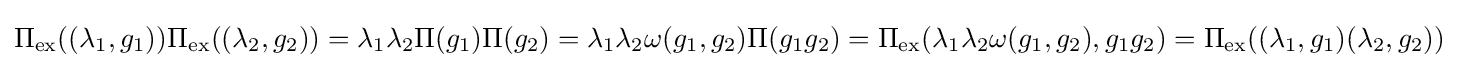
\Pi _{\mathrm {ex} }((\lambda _{1},g_{1}))\Pi _{\mathrm {ex} }((\lambda _{2},g_{2}))=\lambda _{1}\lambda _{2}\Pi (g_{1})\Pi (g_{2})=\lambda _{1}\lambda _{2}\omega (g_{1},g_{2})\Pi (g_{1}g_{2})=\Pi _{\mathrm {ex} }(\lambda _{1}\lambda _{2}\omega (g_{1},g_{2}),g_{1}g_{2})=\Pi _{\mathrm {ex} }((\lambda _{1},g_{1})(\lambda _{2},g_{2}))